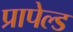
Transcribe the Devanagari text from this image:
प्रापेल्ड